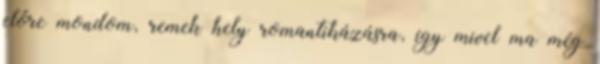
előre mondom, remek hely romantikázásra, így mivel ma még